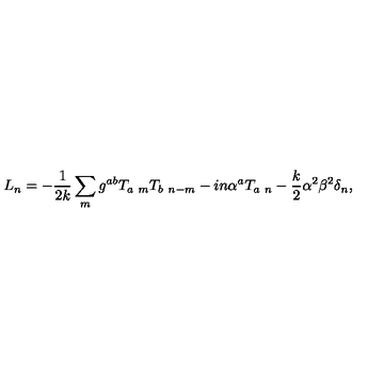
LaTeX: L _ { n } = - { \frac { 1 } { 2 k } } \sum _ { m } g ^ { a b } T _ { a \ m } T _ { b \ n - m } - i n \alpha ^ { a } T _ { a \ n } - { \frac { k } { 2 } } \alpha ^ { 2 } \beta ^ { 2 } \delta _ { n } ,